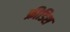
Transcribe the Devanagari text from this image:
फ्रीडिश